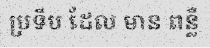
ប្រទីប ដែល មាន ពន្លឺ